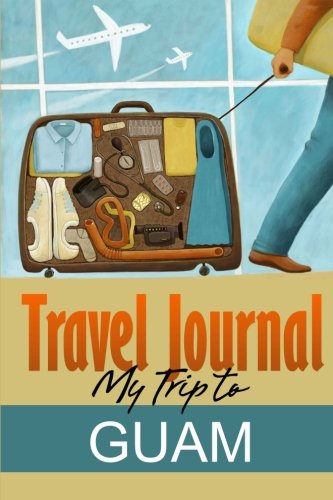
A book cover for Travel Journal: My Trip to Guam; Travel Diary; Travel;